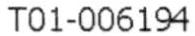
T01-006194